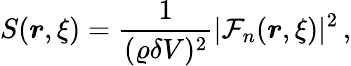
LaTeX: S(\boldsymbol{r},\xi)=\frac{1}{(\varrho\delta V)^{2}}|\mathcal{F}_{n}(\boldsymbol{r},\xi)|^{2}\, ,